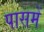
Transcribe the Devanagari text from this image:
पासमें